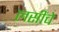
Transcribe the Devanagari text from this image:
लसींचे